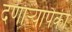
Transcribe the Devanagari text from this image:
देणार्‍यांपैकी